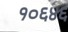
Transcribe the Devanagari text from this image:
१०६४६